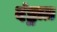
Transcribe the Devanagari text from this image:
दंष्ट्राग्र